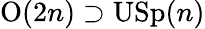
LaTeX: \mathrm{O}(2n)\supset\mathrm{USp}(n)